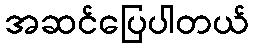
အဆင်ပြေပါတယ်